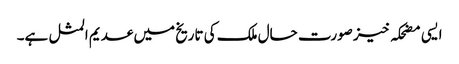
ایسی مضحکہ خیز صورت حال ملک کی تاریخ میں عدیم المثل ہے۔